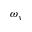
\omega _ { y }